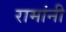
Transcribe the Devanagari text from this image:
रामांनी